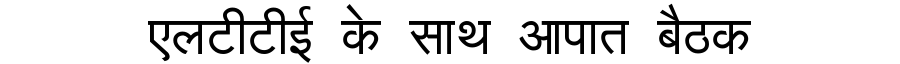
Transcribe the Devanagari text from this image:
एलटीटीई के साथ आपात बैठक